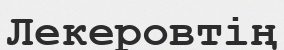
Лекеровтің